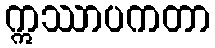
ဣဿာပကတာ